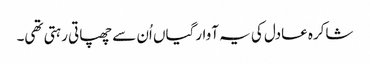
شاکرہ عادل کی یہ آوارگیاں اُن سے چھپاتی رہتی تھی۔